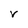
Character: V